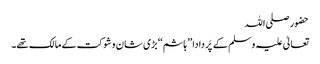
حضور صلی اللہ
تعالیٰ علیہ وسلم کے پَر دادا ’’ ہاشم ‘‘ بڑی شان و شوکت کے مالک تھے۔